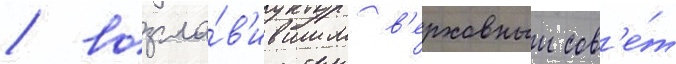
/ возгла́в'ившим в'ерховныи сов'е́т